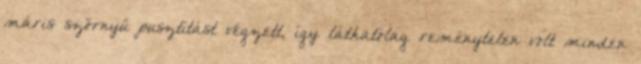
máris szörnyű pusztítást végzett, így láthatólag reménytelen volt minden